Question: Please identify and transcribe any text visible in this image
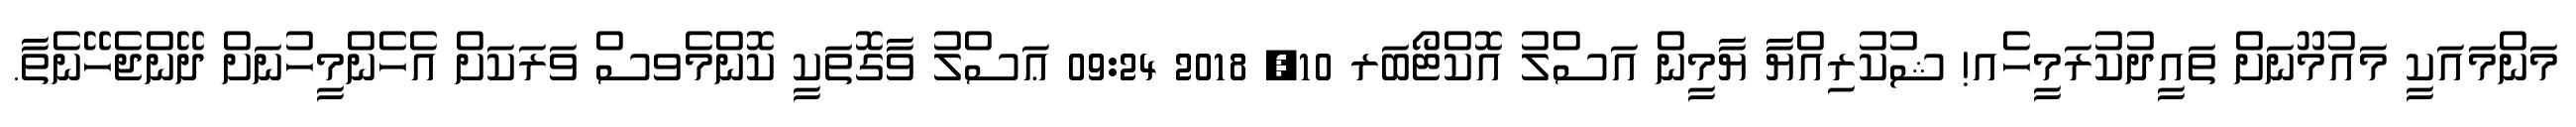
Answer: މަންމައަކީ މައުމޫނަށް ތައީދުކުރަމީހެއ! ޝުކުރިއްޔާ ޔާމީން އަސްލު އޮކްޓޯބަރ 10, 2018 09:24 ޢަސްލު ވާގޮތަކީ ކޮންމެވސް ވަރަކަށް އެހެންމީހުނަށް ދޭންޖެހޭނެތާ.